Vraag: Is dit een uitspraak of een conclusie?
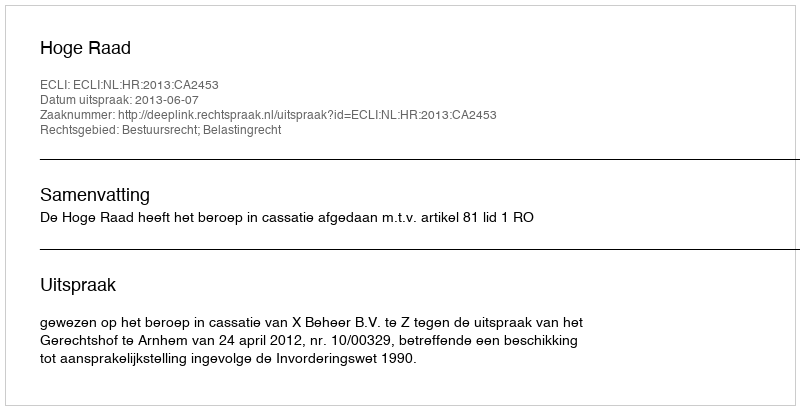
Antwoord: Uitspraak